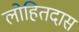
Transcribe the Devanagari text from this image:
लोहितदास